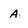
Character: A